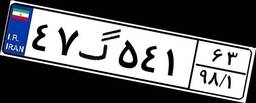
۶۶گ۳۷۷۴۷